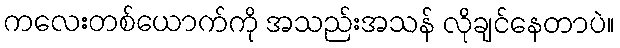
ကလေးတစ်ယောက်ကို အသည်းအသန် လိုချင်နေတာပဲ။